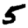
Digit: 5